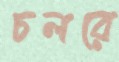
চলরে